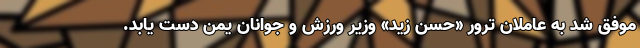
موفق شد به عاملان ترور «حسن زید» وزیر ورزش و جوانان یمن دست یابد.